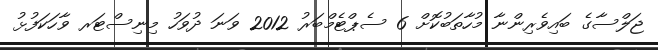
ޖަލްސާގެ ބައިވެރިންނާ މުހާތަބުކޮށް 6 ސެޕްޓެމްބަރު 2012 ވަނަ ދުވަހު މިނިސްޓަރ ވާހަކަފުޅު